38_143685_box_Incident_Summaries_173-233
Agency: Department of War
Page 10
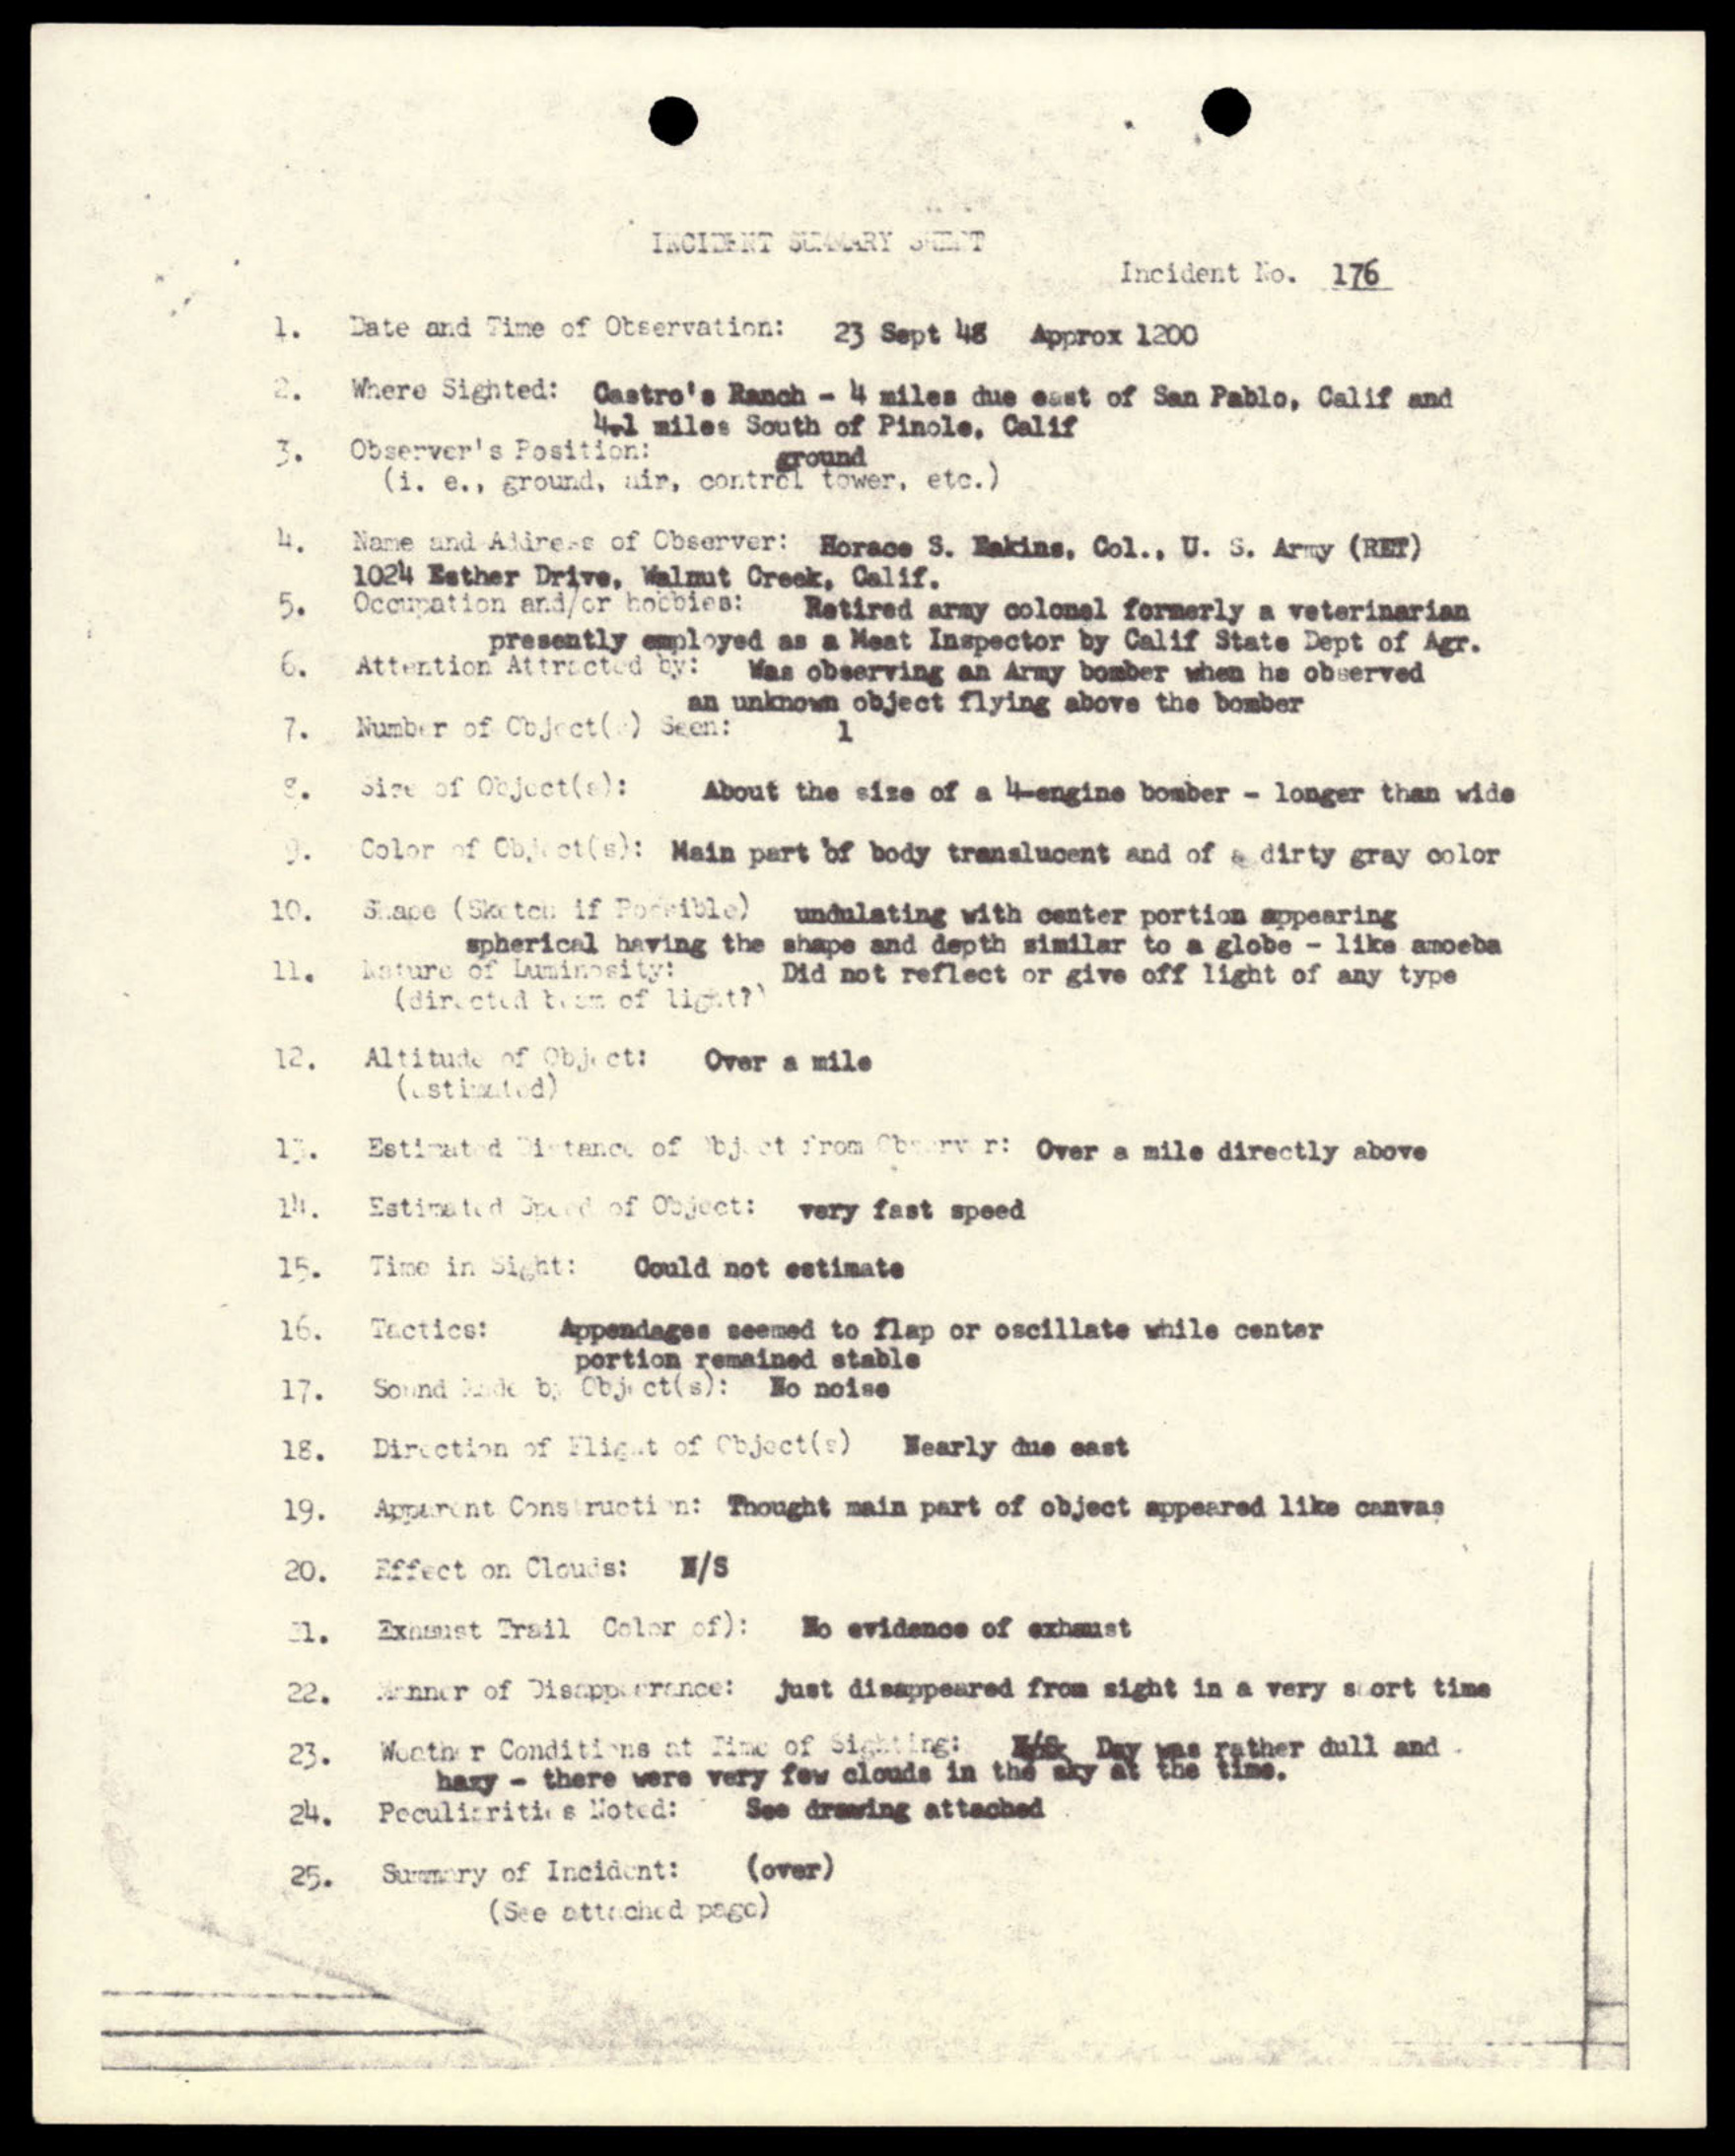